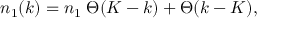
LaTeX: n _ { 1 } ( k ) = n _ { 1 } \; \Theta ( K - k ) + \Theta ( k - K ) ,